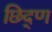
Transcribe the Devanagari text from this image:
छिद्ण